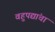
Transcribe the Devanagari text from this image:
वहुपद्यांचा